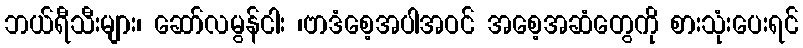
ဘယ်ရီသီးများ၊ ဆော်လမွန်ငါး ၊ဗာဒံစေ့အပါအဝင် အစေ့အဆံတွေကို စားသုံးပေးရင်